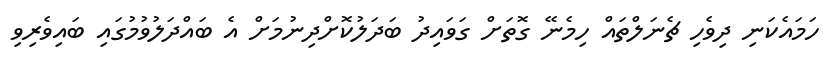
ހަމައެކަނި ދިވެހި ޗެނަލްތައް ހިމެނޭ ގޮތަށް ގަވައިދު ބަދަލުކޮށްދިނުމަށް އެ ބައްދަލުވުމުގައި ބައިވެރިވި